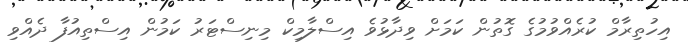
އިހުތިރާމް ކުރެއްވުމުގެ ގޮތުން ކަމަށް ވިދާޅުވެ އިސްލާމިކް މިނިސްޓަރު ކަމުން އިސްތިއުފާ ދެއްވި